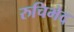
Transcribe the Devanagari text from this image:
रुचिभेद